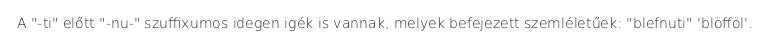
A "-ti" előtt "-nu-" szuffixumos idegen igék is vannak, melyek befejezett szemléletűek: "blefnuti" 'blöfföl'.